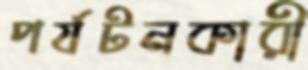
পর্যটনকারী